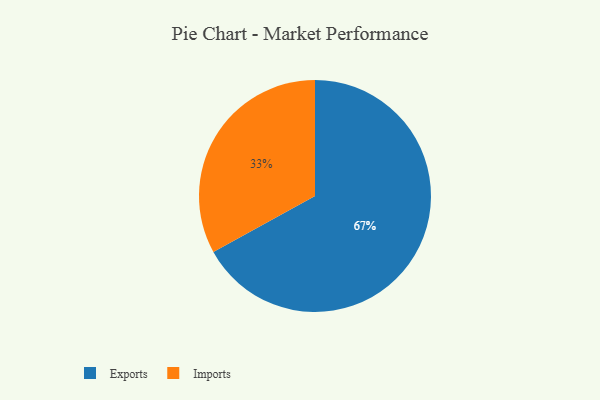
{"axis": {"x": "Category", "y": "Percentage"}, "legend": ["Exports", "Imports"], "data": [{"x": "Imports", "y": 33, "type": "Imports"}, {"x": "Exports", "y": 67, "type": "Exports"}]}